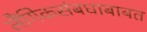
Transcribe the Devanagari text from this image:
लैंगिकसंबधाबाबत